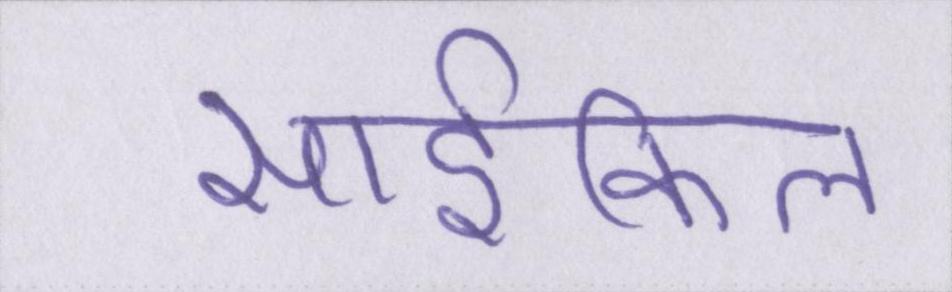
साईकिल